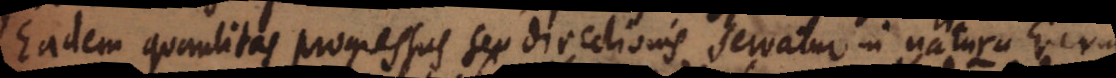
Eadem quantitas progressus seu directionis servatur in natura rerum,